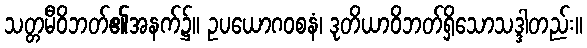
သတ္တမီဝိဘတ်၏အနက်၌။ ဥပယောဂဝစနံ၊ ဒုတိယာဝိဘတ်ရှိသောသဒ္ဒါတည်း။